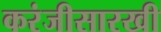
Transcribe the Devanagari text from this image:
करंजीसारखी